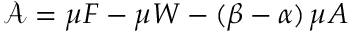
\mathcal { A } = \mu _ { \sf } { F } - \mu _ { \sf } { W } - ( \beta - \alpha ) \, \mu _ { \sf } { A }